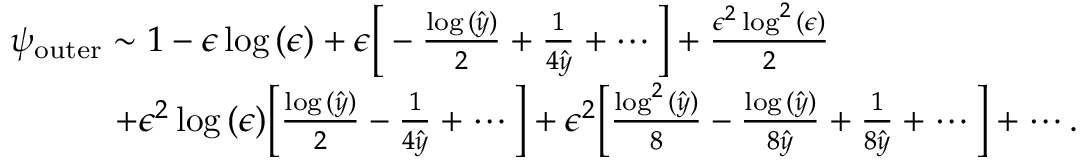
\begin{array} { r } { \psi _ { \mathrm { o u t e r } } \sim 1 - \epsilon \log { ( \epsilon ) } + \epsilon \bigg [ - \frac { \log { ( \hat { y } ) } } { 2 } + \frac { 1 } { 4 \hat { y } } + \cdots \bigg ] + \frac { \epsilon ^ { 2 } \log ^ { 2 } { ( \epsilon ) } } { 2 } \qquad \qquad \qquad \quad } \\ { + \epsilon ^ { 2 } \log { ( \epsilon ) } \bigg [ \frac { \log { ( \hat { y } ) } } { 2 } - \frac { 1 } { 4 \hat { y } } + \cdots \bigg ] + \epsilon ^ { 2 } \bigg [ \frac { \log ^ { 2 } { ( \hat { y } ) } } { 8 } - \frac { \log { ( \hat { y } ) } } { 8 \hat { y } } + \frac { 1 } { 8 \hat { y } } + \cdots \bigg ] + \cdots . } \end{array}